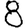
Digit: 8